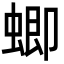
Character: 蝍